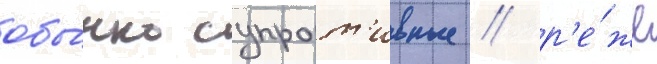
обы́чно супрот'ивные / р'е́же